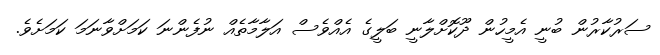
ސަރުކާރުން ބުނީ އެމީހުން ދޫކޮށްލާނީ ބަލީގެ އެއްވެސް އަލާމާތެއް ނުފެންނަ ކަމަށްވާނަމަ ކަމަށެވެ.